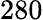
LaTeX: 280